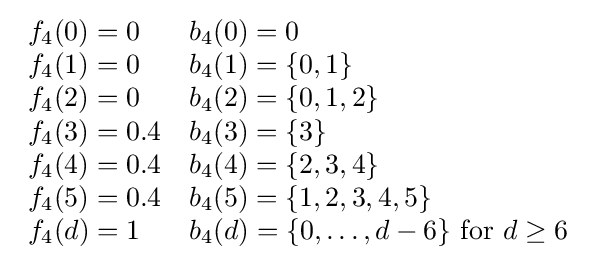
{\begin{array}{ll}f_{4}(0)=0&b_{4}(0)=0\\f_{4}(1)=0&b_{4}(1)=\{0,1\}\\f_{4}(2)=0&b_{4}(2)=\{0,1,2\}\\f_{4}(3)=0.4&b_{4}(3)=\{3\}\\f_{4}(4)=0.4&b_{4}(4)=\{2,3,4\}\\f_{4}(5)=0.4&b_{4}(5)=\{1,2,3,4,5\}\\f_{4}(d)=1&b_{4}(d)=\{0,\ldots ,d-6\}{\text{ for }}d\geq 6\end{array}}